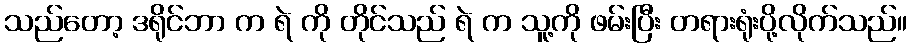
သည်တော့ ဒရိုင်ဘာ က ရဲ ကို တိုင်သည် ရဲ က သူ့ကို ဖမ်းပြီး တရားရုံးပို့လိုက်သည်။